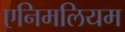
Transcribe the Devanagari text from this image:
एनिमलियम